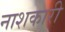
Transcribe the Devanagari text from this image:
नाशकारी